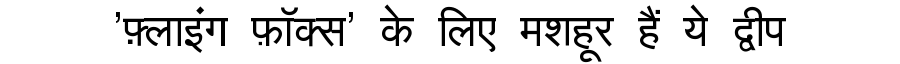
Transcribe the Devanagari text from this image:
'फ़्लाइंग फ़ॉक्स' के लिए मशहूर हैं ये द्वीप